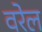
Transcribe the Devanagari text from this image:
वरेल